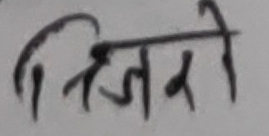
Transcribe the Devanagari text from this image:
तिजोरी